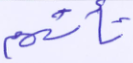
تأتهم